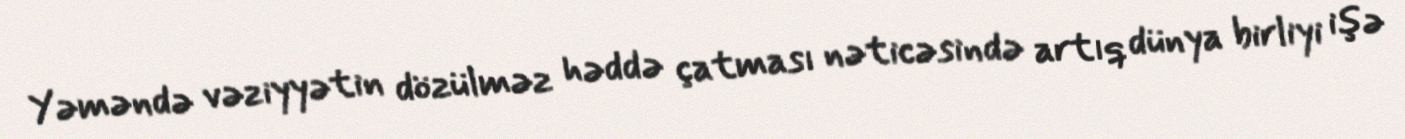
Yəməndə vəziyyətin dözülməz həddə çatması nəticəsində artıq dünya birliyi işə